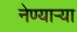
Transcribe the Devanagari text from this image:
नेण्यार्‍या